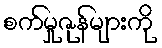
စက်မှုဇုန်များကို